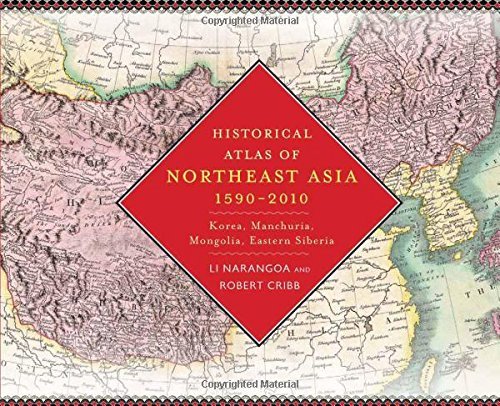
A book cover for By Li Narangoa Historical Atlas of Northeast Asia, 1590-2010: Korea, Manchuria, Mongolia, Eastern Siberia [Hardcover]; Travel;